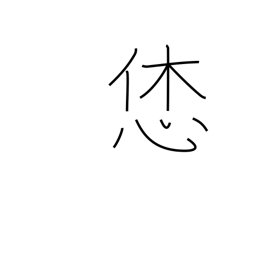
Meaning: nice